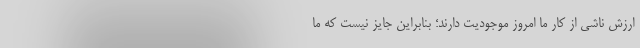
ارزش ناشی از کار ما امروز موجودیت دارند؛ بنابراین جایز نیست که ما